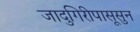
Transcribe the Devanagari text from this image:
जादुगिरीपासूसुन